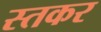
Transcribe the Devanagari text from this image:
स्तकर